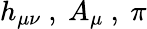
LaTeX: h_{\mu\nu}\ ,\ A_{\mu}\ ,\ \pi